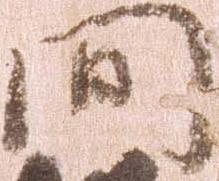
間